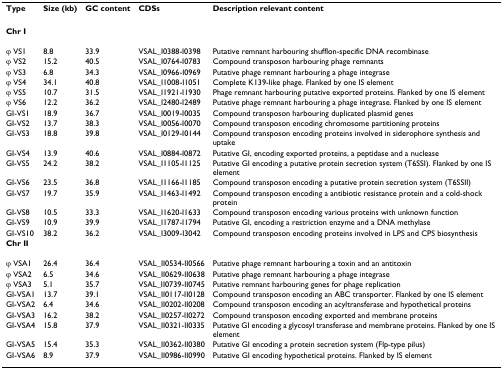
<table><thead><tr><td><b>Type</b></td><td><b>Size (kb)</b></td><td><b>GC content</b></td><td><b>CDSs</b></td><td><b>Description relevant content</b></td></tr></thead><tbody><tr><td><b>Chr I</b></td><td></td><td></td><td></td><td></td></tr><tr><td>φ VS1</td><td>8.8</td><td>33.9</td><td>VSAL_I0388-I0398</td><td>Putative remnant harbouring shufflon-specific DNA recombinase</td></tr><tr><td>φ VS2</td><td>15.2</td><td>40.5</td><td>VSAL_I0764-I0783</td><td>Compound transposon harbouring phage remnants</td></tr><tr><td>φ VS3</td><td>6.8</td><td>34.3</td><td>VSAL_I0966-I0969</td><td>Putative phage remnant harbouring a phage integrase</td></tr><tr><td>φ VS4</td><td>34.1</td><td>40.8</td><td>VSAL_I1008-I1051</td><td>Complete K139-like phage. Flanked by one IS element</td></tr><tr><td>φ VS5</td><td>10.7</td><td>31.5</td><td>VSAL_I1921-I1930</td><td>Phage remnant harbouring putative exported proteins. Flanked by one IS element</td></tr><tr><td>φ VS6</td><td>12.2</td><td>36.2</td><td>VSAL_I2480-I2489</td><td>Putative phage remnant harbouring a phage integrase. Flanked by one IS element</td></tr><tr><td>GI-VS1</td><td>18.9</td><td>36.7</td><td>VSAL_I0019-I0035</td><td>Compound transposon harbouring duplicated plasmid genes</td></tr><tr><td>GI-VS2</td><td>13.7</td><td>38.3</td><td>VSAL_I0056-I0070</td><td>Compound transposon encoding chromosome partitioning proteins</td></tr><tr><td>GI-VS3</td><td>18.8</td><td>39.8</td><td>VSAL_I0129-I0144</td><td>Compound transposon encoding proteins involved in siderophore synthesis and uptake</td></tr><tr><td>GI-VS4</td><td>13.9</td><td>40.6</td><td>VSAL_I0884-I0872</td><td>Putative GI, encoding exported proteins, a peptidase and a nuclease</td></tr><tr><td>GI-VS5</td><td>24.2</td><td>38.2</td><td>VSAL_I1105-I1125</td><td>Putative GI encoding a putative protein secretion system (T6SSI). Flanked by one IS element</td></tr><tr><td>GI-VS6</td><td>23.5</td><td>36.8</td><td>VSAL_I1166-I1185</td><td>Compound transposon encoding a putative protein secretion system (T6SSII)</td></tr><tr><td>GI-VS7</td><td>19.7</td><td>35.9</td><td>VSAL_I1463-I1492</td><td>Compound transposon encoding a antibiotic resistance protein and a cold-shock protein</td></tr><tr><td>GI-VS8</td><td>10.5</td><td>33.3</td><td>VSAL_I1620-I1633</td><td>Compound transposon encoding various proteins with unknown function</td></tr><tr><td>GI-VS9</td><td>10.9</td><td>39.9</td><td>VSAL_I1787-I1794</td><td>Putative GI, encoding a restriction enzyme and a DNA methylase</td></tr><tr><td>GI-VS10</td><td>38.2</td><td>36.2</td><td>VSAL_I3009-I3042</td><td>Compound transposon encoding proteins involved in LPS and CPS biosynthesis</td></tr><tr><td><b>Chr II</b></td><td></td><td></td><td></td><td></td></tr><tr><td>φ VSA1</td><td>26.4</td><td>36.4</td><td>VSAL_II0534-II0566</td><td>Putative phage remnant harbouring a toxin and an antitoxin</td></tr><tr><td>φ VSA2</td><td>6.5</td><td>34.6</td><td>VSAL_II0629-II0638</td><td>Putative phage remnant harbouring a phage integrase</td></tr><tr><td>φ VSA3</td><td>5.1</td><td>35.7</td><td>VSAL_II0739-II0745</td><td>Putative remnant harbouring genes for phage replication</td></tr><tr><td>GI-VSA1</td><td>13.7</td><td>39.1</td><td>VSAL_II0117-II0128</td><td>Compound transposon encoding an ABC transporter. Flanked by one IS element</td></tr><tr><td>GI-VSA2</td><td>6.4</td><td>34.6</td><td>VSAL_II0202-II0208</td><td>Compound transposon encoding an acyltransferase and hypothetical proteins</td></tr><tr><td>GI-VSA3</td><td>16.2</td><td>38.2</td><td>VSAL_II0257-II0272</td><td>Compound transposon encoding exported and membrane proteins</td></tr><tr><td>GI-VSA4</td><td>15.8</td><td>37.9</td><td>VSAL_II0321-II0335</td><td>Putative GI encoding a glycosyl transferase and membrane proteins. Flanked by one IS element</td></tr><tr><td>GI-VSA5</td><td>15.4</td><td>35.3</td><td>VSAL_II0362-II0380</td><td>Putative GI encoding a protein secretion system (Flp-type pilus)</td></tr><tr><td>GI-VSA6</td><td>8.9</td><td>37.9</td><td>VSAL_II0986-II0990</td><td>Putative GI encoding hypothetical proteins. Flanked by IS element</td></tr></tbody></table>